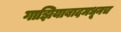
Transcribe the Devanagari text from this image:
गाझियाबादमधूनच